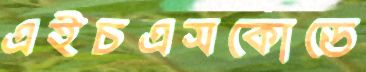
এইচএসকোডে